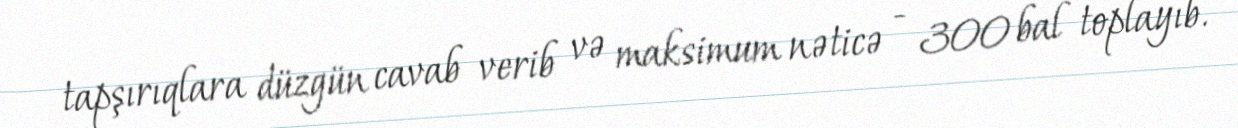
tapşırıqlara düzgün cavab verib və maksimum nəticə - 300 bal toplayıb.